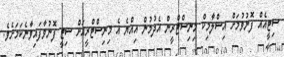
ސިޓީއެއް ފޮނުވުމަށް އިސްލާމިކް މިނިސްޓްރީން އެދުމުން އިއްޔެ އެ މިނިސްޓްރީއަށް ސިޓީ ފޮނުވާފައިވާނެކަމަށެވެ.